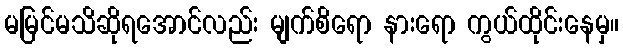
မမြင်မသိဆိုရအောင်လည်း မျက်စိရော နားရော ကွယ်ထိုင်းနေမှ။